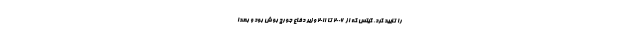
را تایید کرد. گیتس که از ۲۰۰۶ تا ۲۰۱۱ وزیر دفاع جورج بوش بود و بعدا